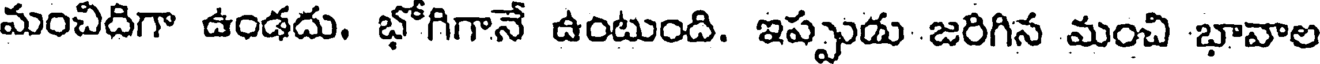
మంచిదిగా ఉండదు. భోగిగానే ఉంటుంది. ఇప్పుడు జరిగిన మంచి భావాల